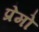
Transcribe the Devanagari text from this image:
प्रेमो